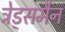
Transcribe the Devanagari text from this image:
ट्रेड्समैन